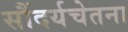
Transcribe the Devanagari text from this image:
सौंदर्यचेतना